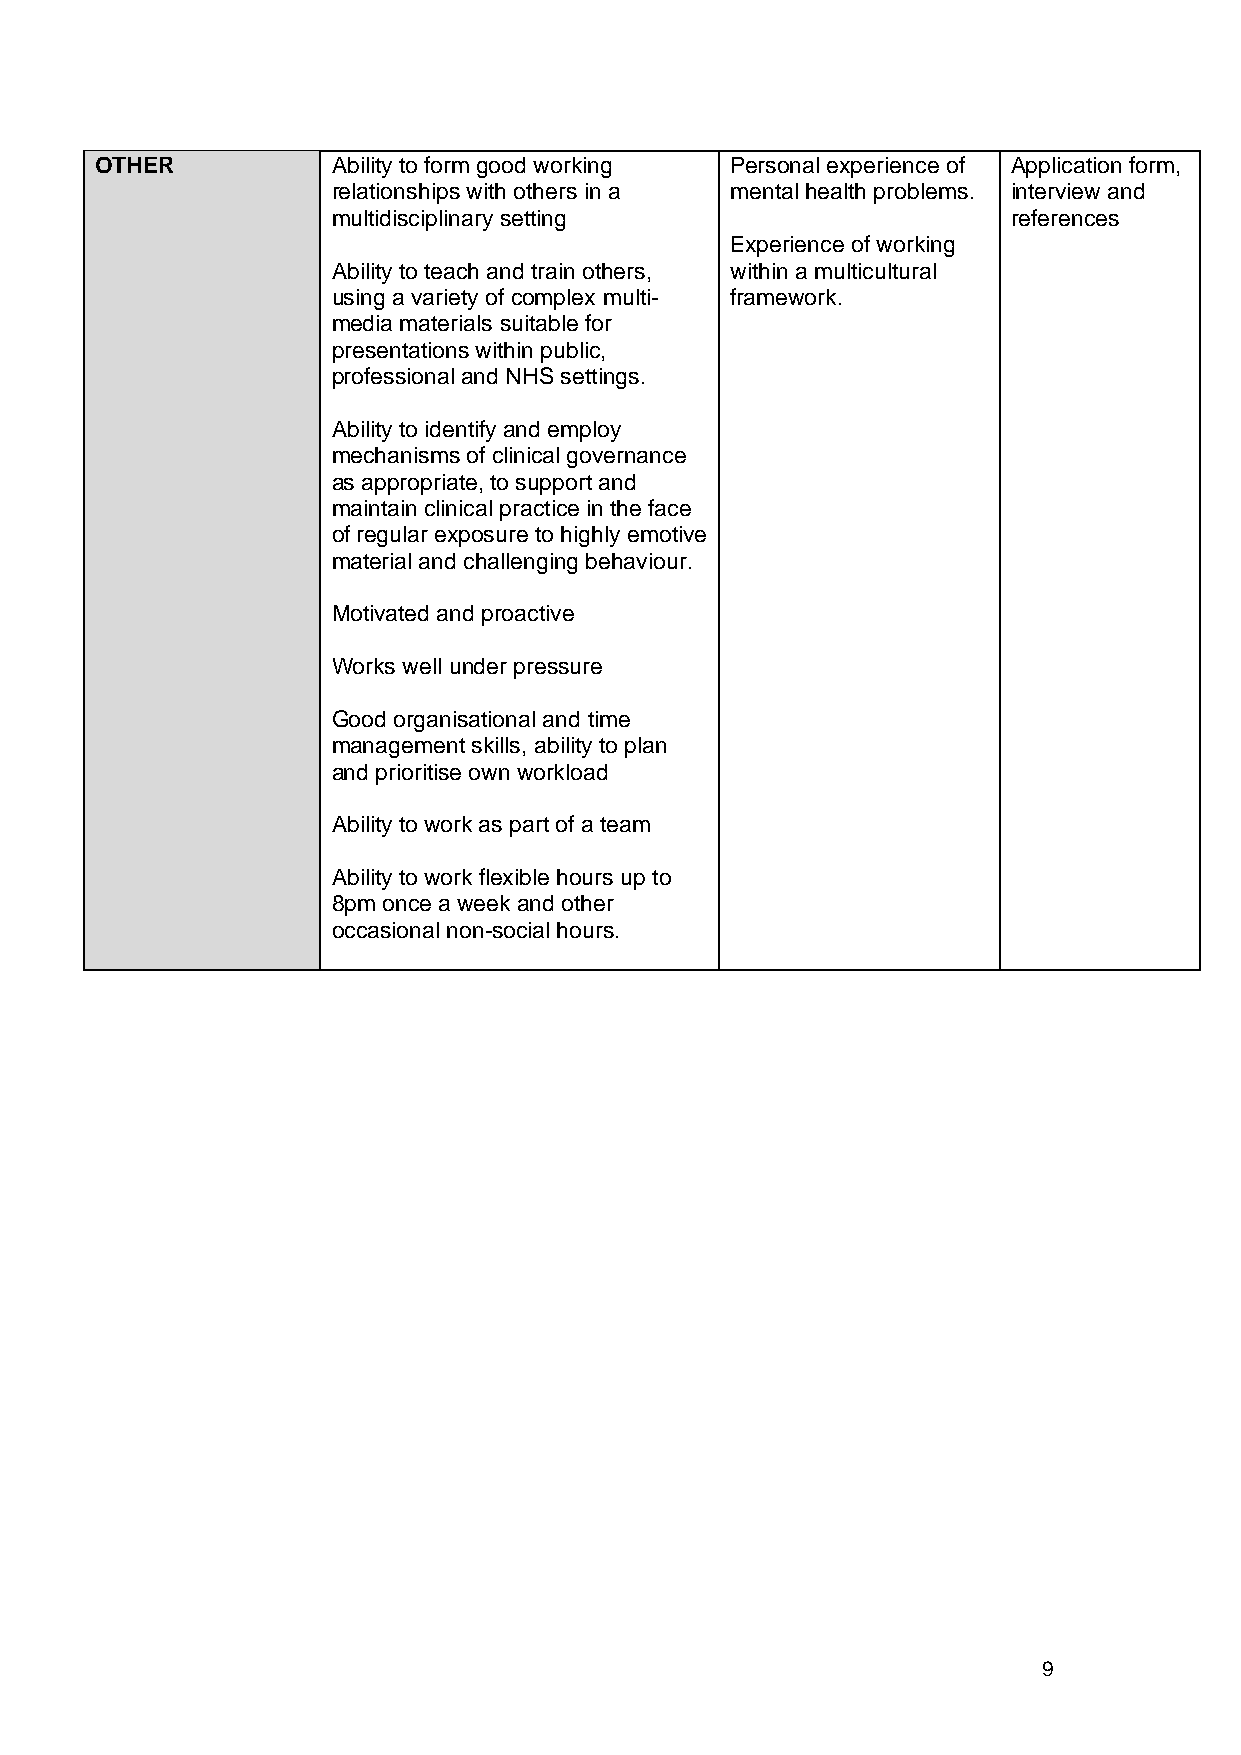
OTHER           Ability to form good working Personal experience of Application form,
 relationships with others in a mental health problems. interview and
 multidisciplinary setting                    references
 Experience of working
 Ability to teach and train others, within a multicultural
 using a variety of complex multi- framework.
 media materials suitable for
 presentations within public,
 professional and NHS settings.
 Ability to identify and employ
 mechanisms of clinical governance
 as appropriate, to support and
 maintain clinical practice in the face
 of regular exposure to highly emotive
 material and challenging behaviour.
 Motivated and proactive
 Works well under pressure
 Good organisational and time
 management skills, ability to plan
 and prioritise own workload
 Ability to work as part of a team
 Ability to work flexible hours up to
 8pm once a week and other
 occasional non-social hours.
 9